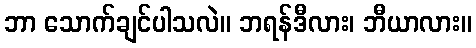
ဘာ သောက်ချင်ပါသလဲ။ ဘရန်ဒီလား၊ ဘီယာလား။